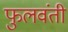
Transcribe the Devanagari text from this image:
फुलवंती